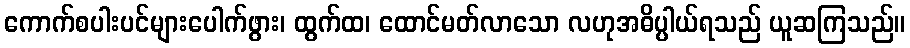
ကောက်စပါးပင်များပေါက်ဖွား၊ ထွက်ထ၊ ထောင်မတ်လာသော လဟုအဓိပ္ပါယ်ရသည် ယူဆကြသည်။